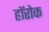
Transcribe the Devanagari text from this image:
हॉरोक